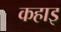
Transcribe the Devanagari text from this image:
कहाइ